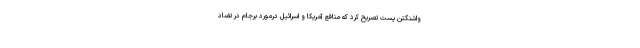
واشنگتن پست تصریح کرد که منافع آمریکا و اسرائیل درمورد برجام در تضاد